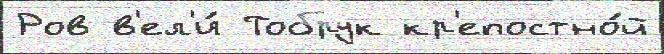
Ров в'ел'и́ Тобрук кр'епостно́й